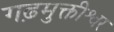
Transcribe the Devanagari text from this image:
गढ़मुक्तीश्वर